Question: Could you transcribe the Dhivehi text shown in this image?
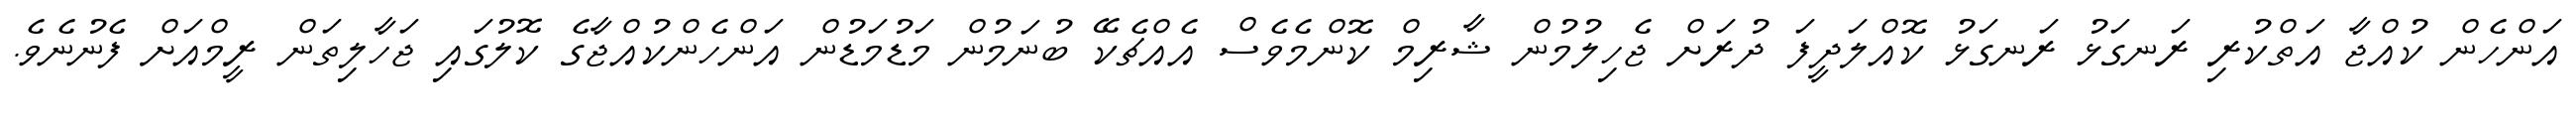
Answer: އަންހެން ކުއްޖާ އަތްކުރި ރަނގަޅު ރަނގަޅު ކޮއްލަދީފަ ދުރަށް ޖެހިލުމުން ޝާރިމް ކޮންމެވެސް އެއްޗެކޭ ބުނަމުން މަޑުމަޑުން އަންހެންކުއްޖާގެ ކޮލުގައި ޖަހާލިތަން ރީމްއަށް ފެނުނެވެ.